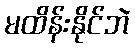
မထိန်းနိုင်ဘဲ